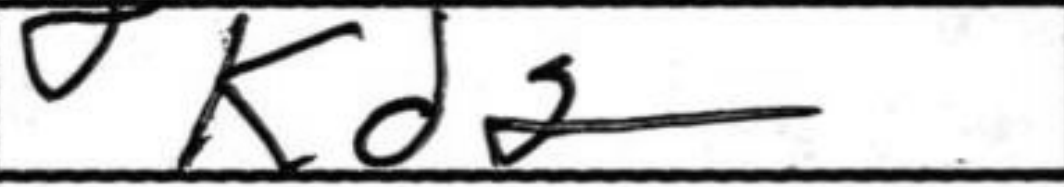
Transcription: Kd2